Investigations into the jail dietaries of the United Provinces with some observations on the influence of dietary on the physical development and well-being of the people of the United Provinces - Number 48
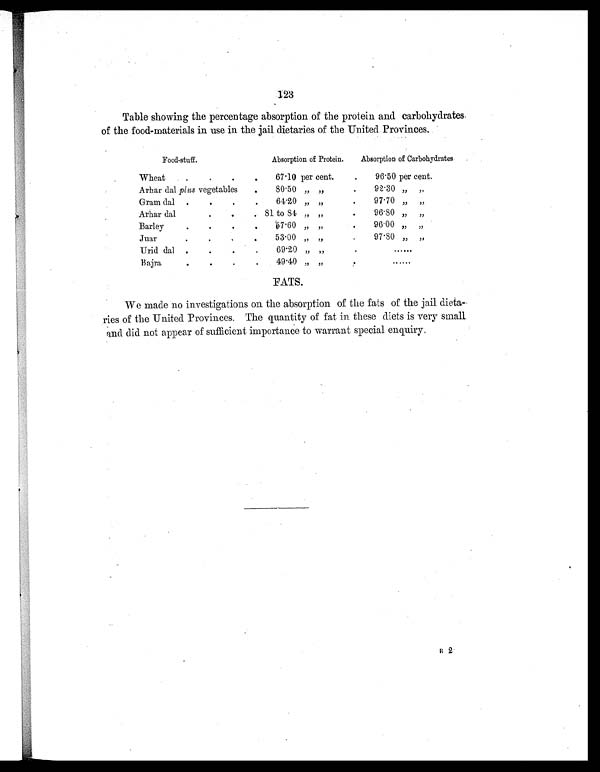
123
Table showing the percentage absorption of the protein and carbohydrates
of the food-materials in use in the jail dietaries of the United Provinces.
Food-stuff.
Absorption of Protein.
Absorption of Carbohydrates
Wheat
. .
.
.
67.10 per cent.
.
96.50 per cent.
Arhar dal plus vegetables
.
80.50 „ „
.
92.30 „
„
Gram dal .
.
.
.
64.20 „ „
.
97.70 „ „
Arhar dal
.
.
. 81 to 84 „ „
.
96.80 „ „
Barley
.
.
.
.
57.60 „ „
.
96.00 „ „
Juar
.
.
. .
53.00 „ „
.
97.80 „ „
Urid dal .
.
.
.
69.20 „ „
.
......
Bajra
.
.
.
.
49.40 „ „
.
. . . . . .
FATS.
We made no investigations on the absorption of the fats of the jail dieta-
ries of the United Provinces. The quantity of fat in these diets is very small
and did not appear of sufficient importance to warrant special enquiry.
R 2